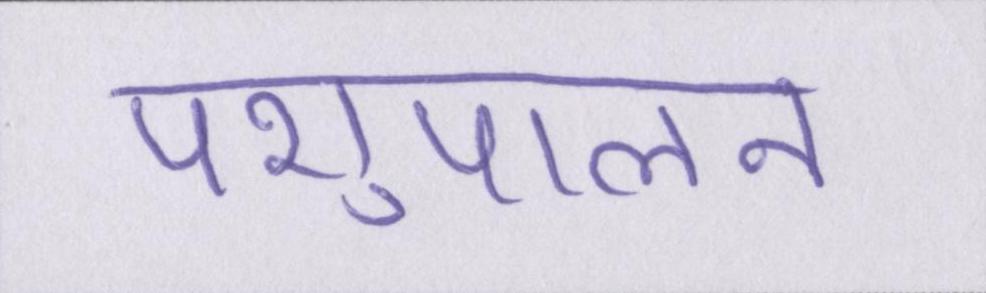
पशुपालन